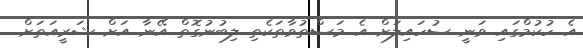
އެ ހުކުމްގައި ވަނީ ސުހައިލަށް އެ މަސްތުވާތަކެތި ލިބުނުގޮތް އޭނާ އަށް ޝަރީއަތަށް